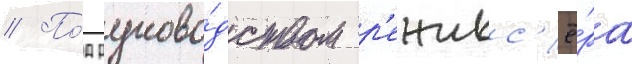
// По́д руково́дством р'ежисс'ё́ра